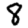
Digit: 8